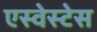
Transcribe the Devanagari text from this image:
एस्वेस्टेस